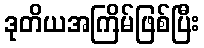
ဒုတိယအကြိမ်ဖြစ်ပြီး